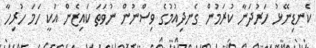
ކެނޑިނޭޅު ހަރުދަނާ ކުރަމުން ގެނދިއުމުގެ ވިސްނުން ނުވަތަ ކައިޒެން އަކީ ހަމަ ހުރިހާ